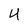
Character: 4